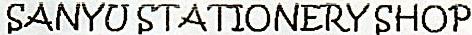
SANYU STATIONERY SHOP